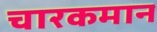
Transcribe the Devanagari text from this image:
चारकमान